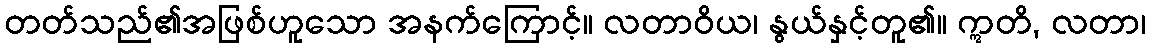
တတ်သည်၏အဖြစ်ဟူသော အနက်ကြောင့်။ လတာဝိယ၊ နွယ်နှင့်တူ၏။ ဣတိ, လတာ၊